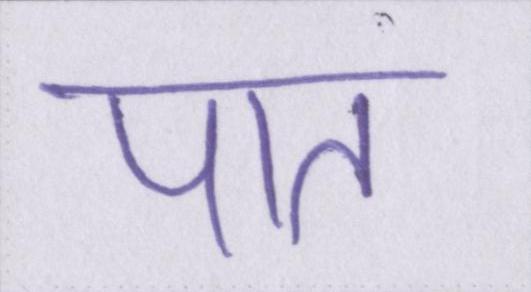
पांत